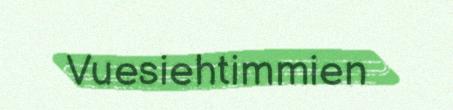
Vuesiehtimmien